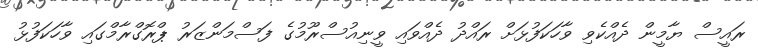
ރައީސް ޔާމީން ދެއްކެވި ވާހަކަފުޅަަށް ރައްދު ދެއްވައި ވީނިއުސްރޫމުގެ ފަސްމަންޒަރު ޕްރޮގްރާމްގައި ވާހަކަފުޅު